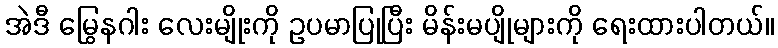
အဲဒီ မြွေနဂါး လေးမျိုးကို ဥပမာပြုပြီး မိန်းမပျိုများကို ရေးထားပါတယ်။